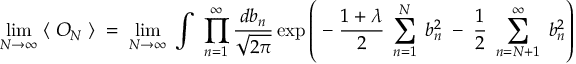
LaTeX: \operatorname * { l i m } _ { N \rightarrow \infty } \; \langle \; O _ { N } \; \rangle \; = \; \operatorname * { l i m } _ { N \rightarrow \infty } \; \int \; \prod _ { n = 1 } ^ { \infty } \frac { d b _ { n } } { \sqrt { 2 \pi } } \exp \left( \; - \; \frac { 1 + \lambda } { 2 } \; \sum _ { n = 1 } ^ { N } \; b _ { n } ^ { 2 } \; - \; \frac { 1 } { 2 } \; \sum _ { n = N + 1 } ^ { \infty } \; b _ { n } ^ { 2 } \right)